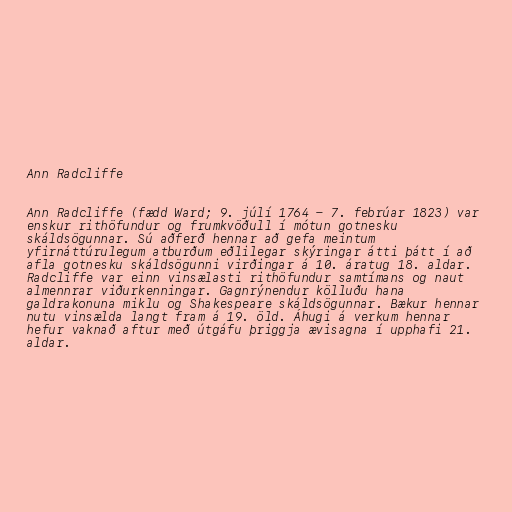
Ann Radcliffe

Ann Radcliffe (fædd Ward; 9. júlí 1764 - 7. febrúar 1823) var
enskur rithöfundur og frumkvöðull í mótun gotnesku
skáldsögunnar. Sú aðferð hennar að gefa meintum
yfirnáttúrulegum atburðum eðlilegar skýringar átti þátt í að
afla gotnesku skáldsögunni virðingar á 10. áratug 18. aldar.
Radcliffe var einn vinsælasti rithöfundur samtímans og naut
almennrar viðurkenningar. Gagnrýnendur kölluðu hana
galdrakonuna miklu og Shakespeare skáldsögunnar. Bækur hennar
nutu vinsælda langt fram á 19. öld. Áhugi á verkum hennar
hefur vaknað aftur með útgáfu þriggja ævisagna í upphafi 21.
aldar.